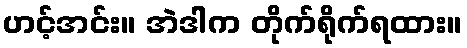
ဟင့်အင်း။ အဲဒါက တိုက်ရိုက်ရထား။